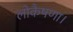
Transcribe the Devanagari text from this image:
लोकैषणा।